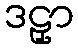
ဒဠှာ